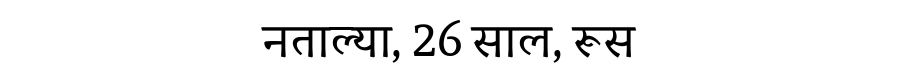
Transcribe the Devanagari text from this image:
नताल्‍या, 26 साल, रूस